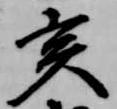
亥